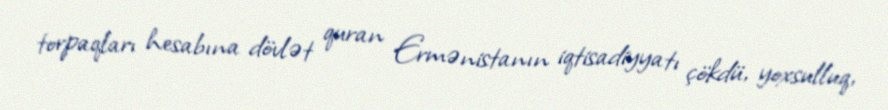
torpaqları hesabına dövlət quran Ermənistanın iqtisadiyyatı çökdü, yoxsulluq,